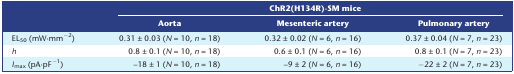
| <ROWSPAN=2>  | <COLSPAN=3> ChR2(H134R)‐SM mice |
 | Aorta | Mesenteric artery | Pulmonary artery |
 | --- | --- | --- | --- |
 | EL50 (mW·mm−2) | 0.31 ± 0.03 (N = 10, n = 18) | 0.32 ± 0.02 (N = 6, n = 16) | 0.37 ± 0.04 (N = 7, n = 23) |
 | h | 0.8 ± 0.1 (N = 10, n = 18) | 0.6 ± 0.1 (N = 6, n = 16) | 0.8 ± 0.1 (N = 7, n = 23) |
 | Imax (pA·pF−1) | –18 ± 1 (N = 10, n = 18) | –9 ± 2 (N = 6, n = 16) | −22 ± 2 (N = 7, n = 23) |